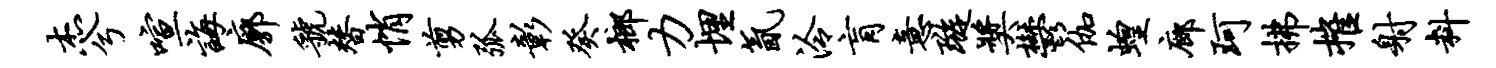
杰兮喧诲廓虢替悄剪弧彰癸榔力埋氤泠肓意璇奖郁伽蝗廊珂拂摧射料